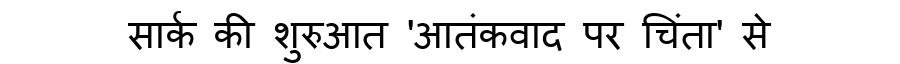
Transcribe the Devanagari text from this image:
सार्क की शुरुआत 'आतंकवाद पर चिंता' से